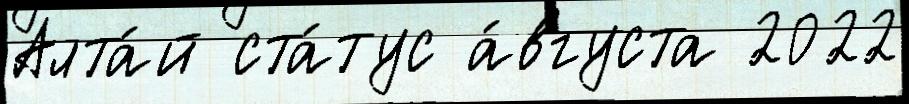
Алта́й ста́тус а́вгуста 2022